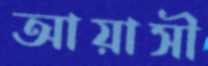
আয়াসী